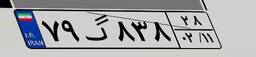
۷۹گ۸۳۸۲۸